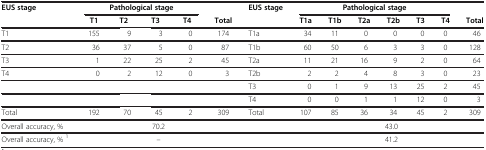
| <ROWSPAN=2> EUS stage | <COLSPAN=4> Pathological stage |  | <ROWSPAN=2> EUS stage | <COLSPAN=6> Pathological stage |  |
 | T1 | T2 | T3 | T4 | Total | T1a | T1b | T2a | T2b | T3 | T4 | Total |
 | --- | --- | --- | --- | --- | --- | --- | --- | --- | --- | --- | --- | --- | --- |
 | T1 | 155 | 9 | 3 | 0 | 174 | T1a | 34 | 11 | 0 | 0 | 0 | 0 | 46 |
 | T2 | 36 | 37 | 5 | 0 | 87 | T1b | 60 | 50 | 6 | 3 | 3 | 0 | 128 |
 | T3 | 1 | 22 | 25 | 2 | 45 | T2a | 11 | 21 | 16 | 9 | 2 | 0 | 64 |
 | T4 | 0 | 2 | 12 | 0 | 3 | T2b | 2 | 2 | 4 | 8 | 3 | 0 | 23 |
 |  |  |  |  |  |  | T3 | 0 | 1 | 9 | 13 | 25 | 2 | 45 |
 |  |  |  |  |  |  | T4 | 0 | 0 | 1 | 1 | 12 | 0 | 3 |
 | Total | 192 | 70 | 45 | 2 | 309 | Total | 107 | 85 | 36 | 34 | 45 | 2 | 309 |
 | Overall accuracy, % |  |  | 70.2 |  |  |  | 43.0 |  |  |  |  |  |  |
 | Overall accuracy, % 1 |  |  | – |  |  |  | 41.2 |  |  |  |  |  |  |